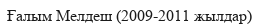
Ғалым Мелдеш (2009-2011 жылдар)